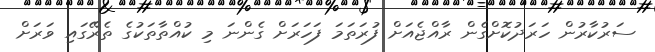
ސަރުކާރުން ހަރަދުކޮށްގެން ރާއްޖެއަށް ފުރަތަމަ ފަހަރަށް ގެންނަ މި ކުއްތާތަކުގެ ތެރޭގައި ވަރަށް